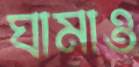
ঘামাও